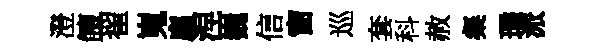
澄饘翟嵬廌涅巍信窗巡套科赦粲璚派